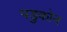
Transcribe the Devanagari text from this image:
पडुकोन